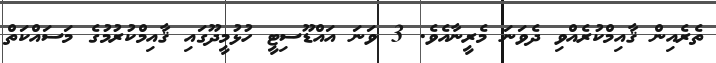
ތެރެއިން ޤާއިމްކުރެއްވި ދެވަނަ މެރީނާއެވެ. 3 ވަނަ އައްޑޫސިޓީ ހުޅުމީދޫގައި ޤާއިމްކުރުމުގެ މަސައްކަތް